Document type: Confirmation
Year: 1374
Scribe: Ramon Camat
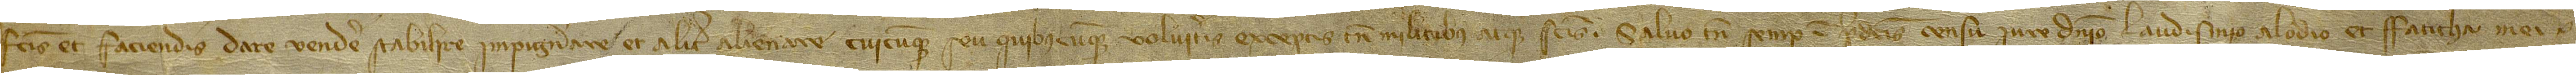
factis et faciendis dare, vendere, stabilire, impignorare et aliter alienare cuicumque seu quibuscumque volueritis, exceptis tamen militibus atque sanctis. Salvo tamen semper in predictis censu, iure, dominio, laudismio, alodio et faticha mei